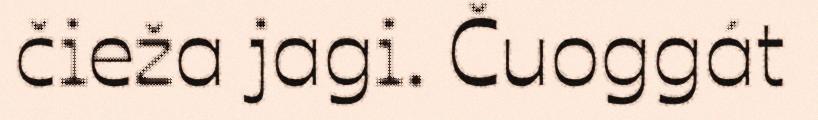
čieža jagi. Čuoggát